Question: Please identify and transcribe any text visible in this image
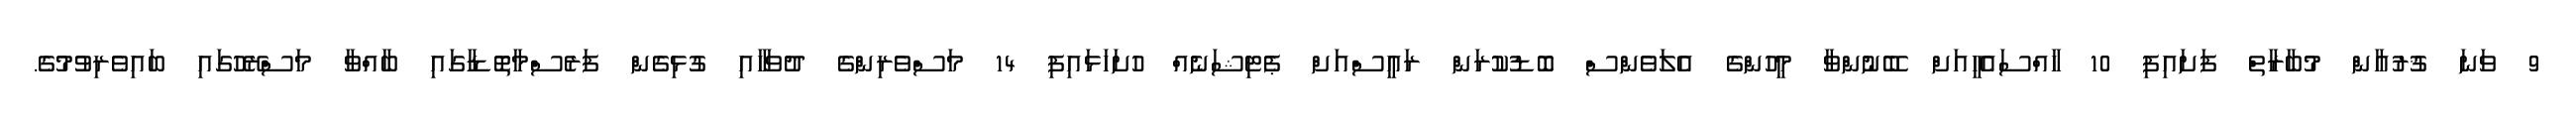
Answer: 9 ވަނަ ޤުރުއާން މުބާރާތް ފަށައިފި 10 ހާއްސައެހީއަށް ބޭނުންވާ މީހުންގެ އެލަވެންސް ބޮޑުކުރަން ރައީސްއަށް ޕެޓިޝަނެއް ހުށަހަޅައިފި 14 މަސްވެރިންގެ ދުވަހާއި ގުޅިގެން ފަރެސްމާތޮޑާގައި ބާއްވާ މަސްރޭހުގައި ބައިވެރިވުމުގެ.